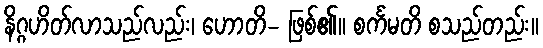
နိဂ္ဂဟိတ်လာသည်လည်း၊ ဟောတိ- ဖြစ်၏။ စင်္ကမတိ စသည်တည်း။